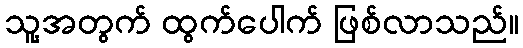
သူ့အတွက် ထွက်ပေါက် ဖြစ်လာသည်။